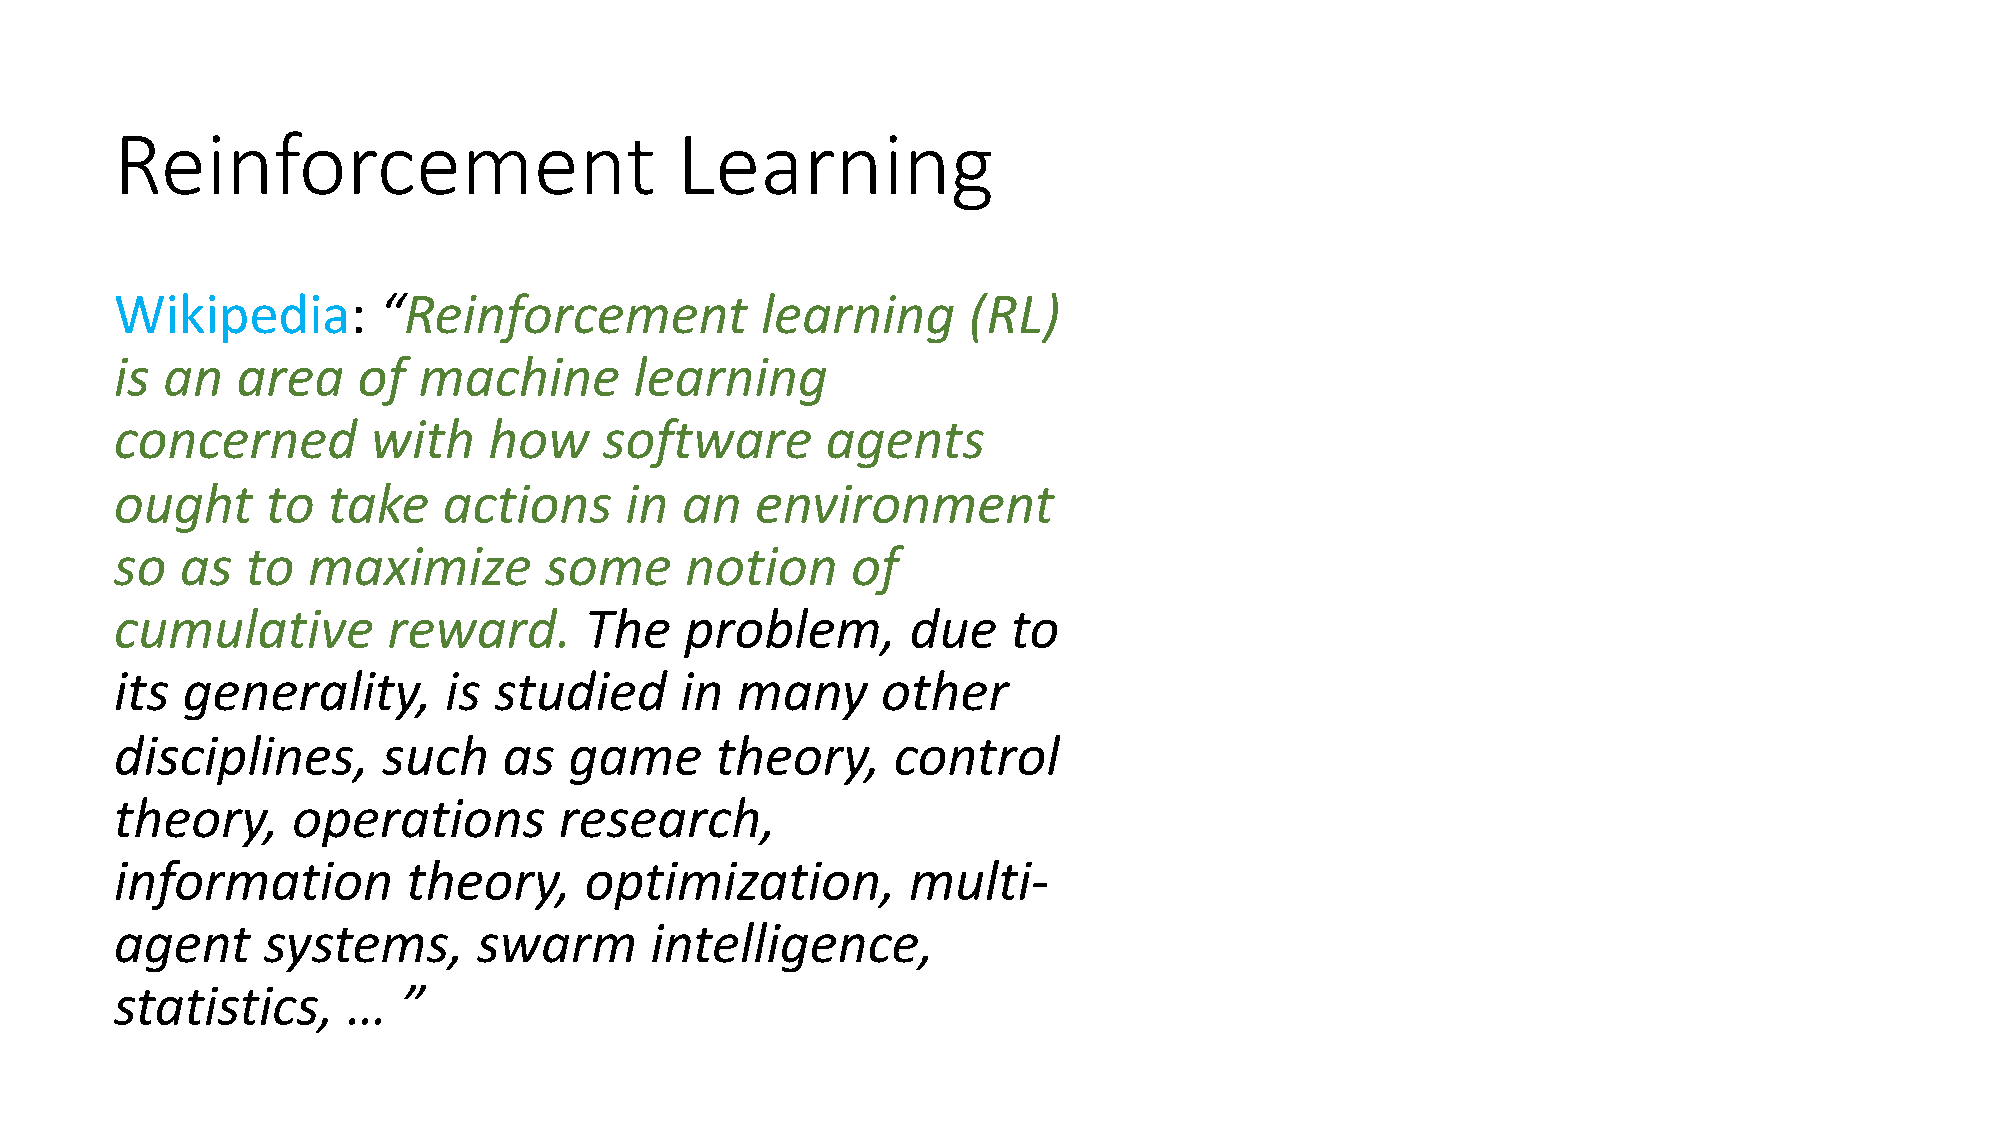
Reinforcement                        Learning
 Wikipedia:       “Reinforcement           learning      (RL)
 is an   area    of  machine       learning
 concerned        with   how     software       agents
 ought     to  take   actions     in  an   environment
 so  as  to  maximize        some     notion     of
 cumulative        reward.      The   problem,       due    to
 its generality,      is  studied     in  many     other
 disciplines,     such    as   game     theory,     control
 theory,    operations        research,
 information        theory,     optimization,        multi-
 agent    systems,       swarm      intelligence,
 statistics,    …   ”